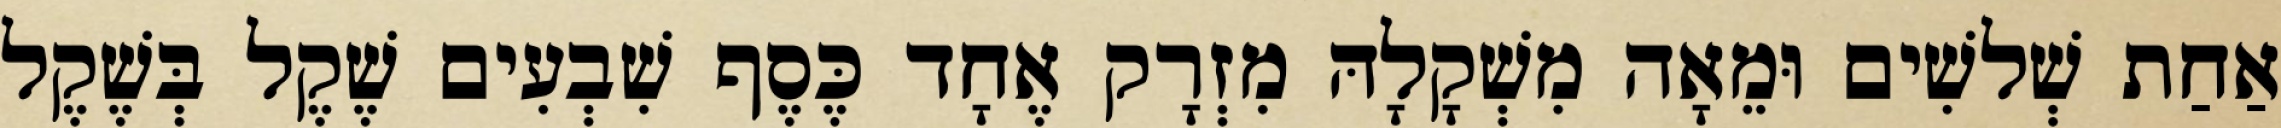
אַחַת שְׁלשִׁים וּמֵאָה מִשְׁקָלָהּ מִזְרָק אֶחָד כֶּסֶף שִׁבְעִים שֶׁקֶל בְּשֶׁקֶל